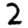
Digit: 2